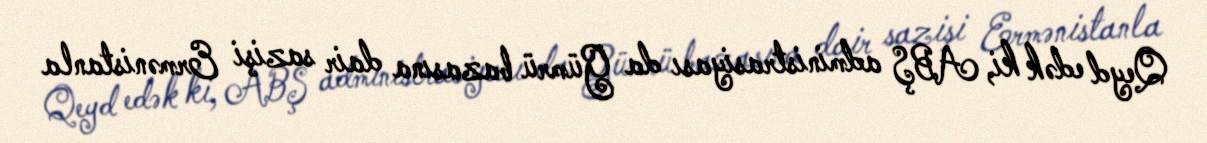
Qeyd edək ki, ABŞ administrasiyası da Gümrü bazasına dair sazişi Ermənistanla